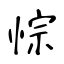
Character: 悰